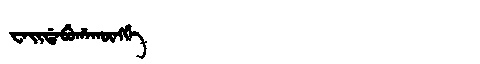
Manchu: ᠸᠠᡳᡩᠠᠪᡠᡥᠠᡴᡡᠩᡤᡝ
Romanization: WAIDABUHAKŪNGGE